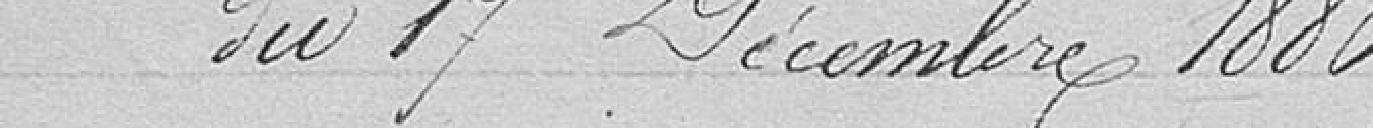
du 17 Décembre 1880